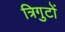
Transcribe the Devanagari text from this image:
त्रिगुटों